Annual report on vaccination in Mysore, 1878-1879 - 1878-1879
Year: 1878
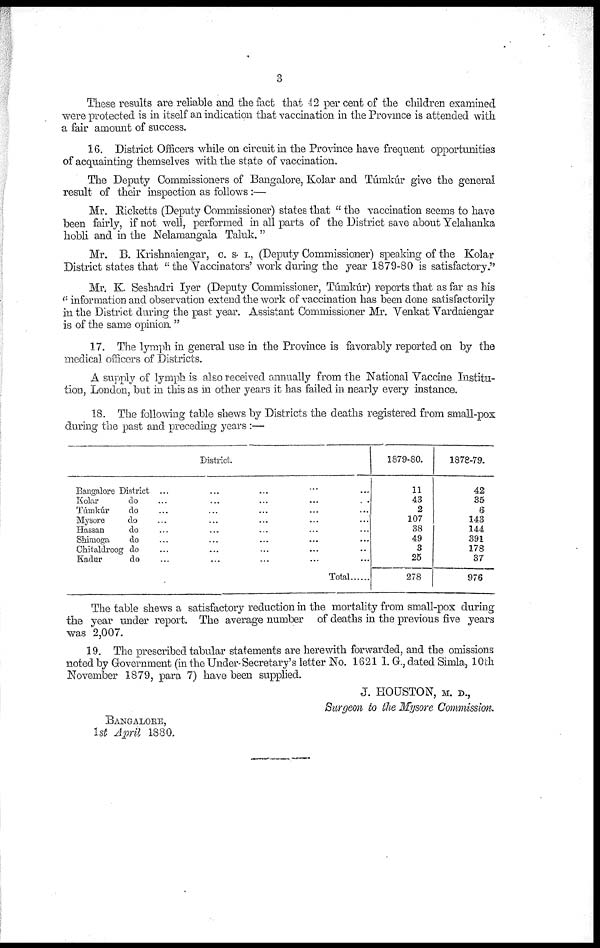
3
These results are reliable and the fact that 42 per cent of the children examined
were protected is in itself an indication that vaccination in the Province is attended with
a fair amount of success.
16. District Officers while on circuit in the Province have frequent opportunities
of acquainting themselves with the state of vaccination.
The Deputy Commissioners of Bangalore, Kolar and Túmkúr give the general
result of their inspection as follows:—
Mr. Ricketts (Deputy Commissioner) states that " the vaccination seems to have
been fairly, if not well, performed in all parts of the District save about Yelahanka
hobli and in the Nelamangala Taluk."
Mr. B. Krishnaiengar, C. S. I., (Deputy Commissioner) speaking of the Kolar
District states that "the Vaccinators' work during the year 1879-80 is satisfactory."
Mr. K. Seshadri Iyer (Deputy Commissioner, Túmkúr) reports that as far as his
" information and observation extend the work of vaccination has been done satisfactorily
in the District during the past year. Assistant Commissioner Mr. Venkat Vardaiengar
is of the same opinion."
17. The lymph in general use in the Province is favorably reported on by the
medical officers of Districts.
A supply of lymph is also received annually from the National Vaccine Institu-
tion, London, but in this as in other years it has failed in nearly every instance.
18. The following table shews by Districts the deaths registered from small-pox
during the past and preceding years :—
District.
Bangalore District ... ... ...
Kolar
do
...
...
...
...
...
Túmkúr
do ... ... ... ... ...
Mysore
do ... ... ... ... ...
Hassan
do ... ... ... ... ...
Shimoga
do ... ... ... ... ...
Chitaldroog do ... ... ... ... ...
Kadur
do ... ... ... ... ...
Total......
1879-80.
11
43
2
107
38
49
3
25
278
1878-79.
42
35
6
143
144
391
178
37
976
The table shews a satisfactory reduction in the mortality from small-pox during
the year under report. The average number of deaths in the previous five years
was 2,007.
19. The prescribed tabular statements are herewith forwarded, and the omissions
noted by Government (in the Under-Secretary's letter No. 1621 I. G., dated Simla, 10th
November 1879, para 7) have been supplied.
J. HOUSTON, M. D.,
Surgeon to the Mysore Commission.
BANGALORE,
1st April 1880.